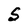
Character: S